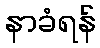
နာခံရန်